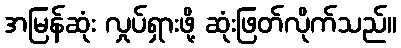
အမြန်ဆုံး လှုပ်ရှားဖို့ ဆုံးဖြတ်လိုက်သည်။